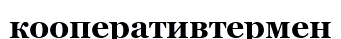
кооперативтермен